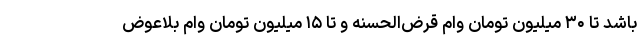
باشد تا ۳۰ میلیون تومان وام قرض‌الحسنه و تا ۱۵ میلیون تومان وام بلاعوض